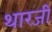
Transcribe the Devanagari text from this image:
थारजी